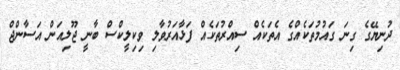
ދުނިޔޭގެ ގިނަ ގައުމުތަކެއްގެ އެތަކެއް ސިއްރުތަކެއް ފަޅާއަރުވާލި ވިކިލީކްސް ބާނީ ޖޫލިއަން އަސާންޖް